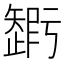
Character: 𥐃